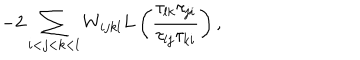
LaTeX: - 2 \sum _ { i < j < k < l } W _ { i j k l } L \left( \frac { \tau _ { l k } \tau _ { j i } } { \tau _ { l j } \tau _ { k i } } \right) ,